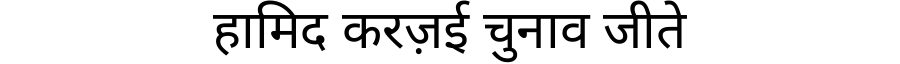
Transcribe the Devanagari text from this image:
हामिद करज़ई चुनाव जीते